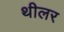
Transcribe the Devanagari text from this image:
थीलर